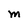
Character: M